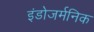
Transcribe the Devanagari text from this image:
इंडोजर्मनिक